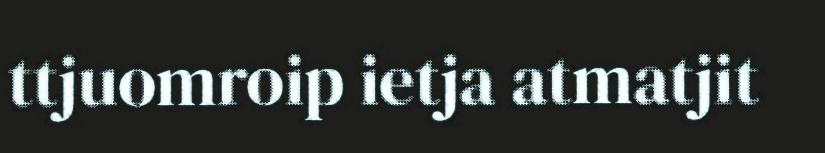
ttjuomroip ietja atmatjit